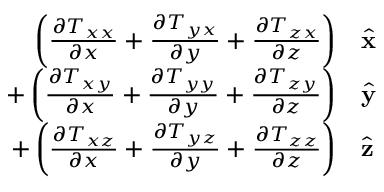
\begin{array} { r l } { \left( { \frac { \partial T _ { x x } } { \partial x } } + { \frac { \partial T _ { y x } } { \partial y } } + { \frac { \partial T _ { z x } } { \partial z } } \right) } & { { } { \hat { \mathbf { x } } } } \\ { + \left( { \frac { \partial T _ { x y } } { \partial x } } + { \frac { \partial T _ { y y } } { \partial y } } + { \frac { \partial T _ { z y } } { \partial z } } \right) } & { { } { \hat { \mathbf { y } } } } \\ { + \left( { \frac { \partial T _ { x z } } { \partial x } } + { \frac { \partial T _ { y z } } { \partial y } } + { \frac { \partial T _ { z z } } { \partial z } } \right) } & { { } { \hat { \mathbf { z } } } } \end{array}